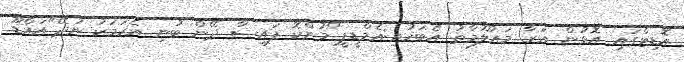
އޮޑިޓްގައި އޮޅުން އަރާ މައުލޫމާތު އެބަހުރި:އެމްޑީޕީ"މުންކޮ ފައިސާ ދޭން ބުނި އެކަމަކު ނުދޭ"އައްޑޫ